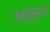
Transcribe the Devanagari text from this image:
अनुत्सुकता